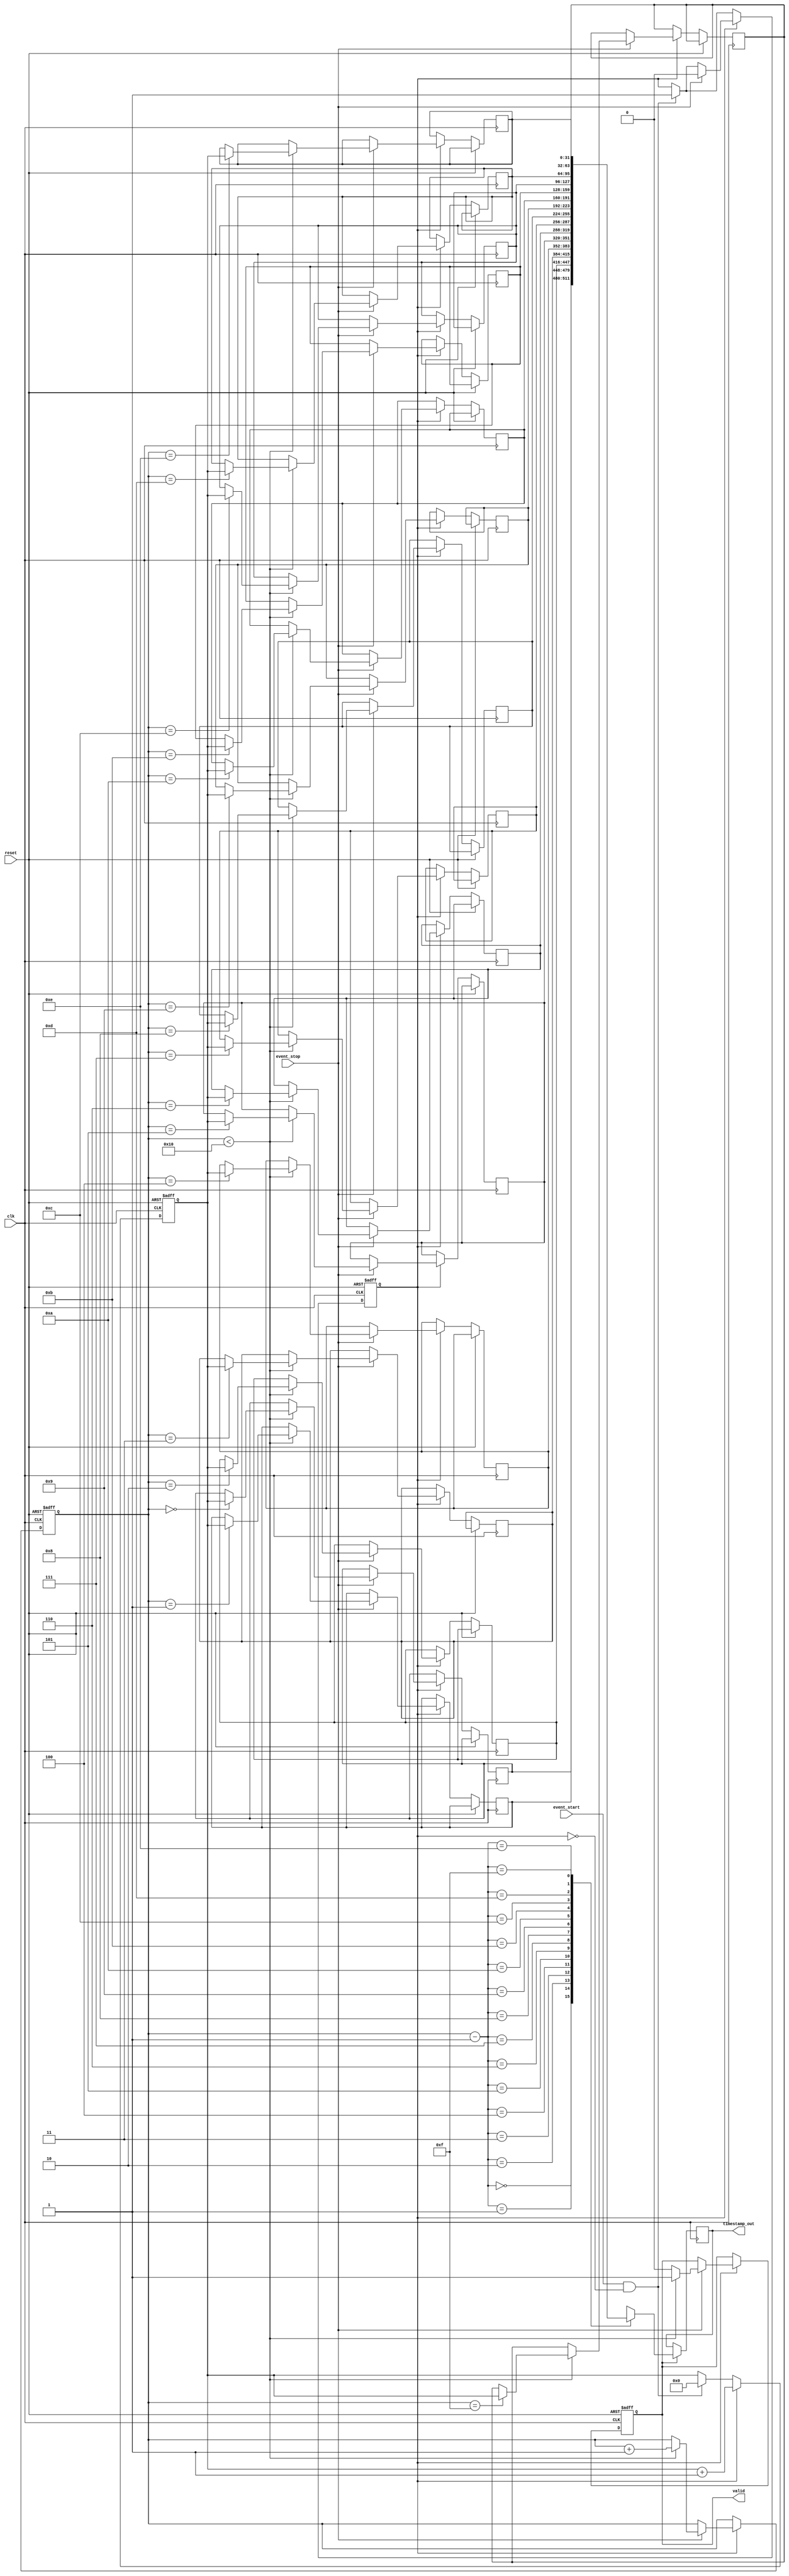
module MemoryBlocksEventTimerTDC (
    input wire clk,          // System clock
    input wire reset,        // System reset
    input wire event_start,  // Start event signal
    input wire event_stop,   // Stop event signal
    output reg [31:0] timestamp_out, // Output timestamp
    output reg valid         // Valid output flag
);

    // Parameters
    parameter MAX_EVENTS = 16; // Maximum number of events
    parameter TIME_RESOLUTION = 100; // Time resolution (in ns for example)

    // Internal signals
    reg [31:0] timer_counter; // Timer counter
    reg [31:0] timestamps [0:MAX_EVENTS-1]; // Storage for timestamps
    reg [3:0] event_count; // Event count
    reg recording; // State of recording

    // Event Detection and Control Logic
    always @(posedge clk or posedge reset) begin
        if (reset) begin
            timer_counter <= 0;
            event_count <= 0;
            recording <= 0;
            valid <= 0;
        end else begin
            if (event_start && !recording) begin
                recording <= 1;
                timer_counter <= 0; // Reset timer
            end
            
            if (recording) begin
                timer_counter <= timer_counter + 1; // Increment timer counter
                
                if (event_stop) begin
                    if (event_count < MAX_EVENTS) begin
                        timestamps[event_count] <= timer_counter; // Store timestamp
                        event_count <= event_count + 1;
                        valid <= 1; // Mark output as valid
                    end else begin
                        valid <= 0; // No more space for new timestamps
                    end
                    recording <= 0; // Stop recording
                end
            end
        end
    end

    // Output Formatter (Can be enhanced for more complex outputs)
    always @(posedge clk) begin
        if (valid) begin
            timestamp_out <= timestamps[event_count - 1]; // Output the last stored timestamp
        end
    end

endmodule